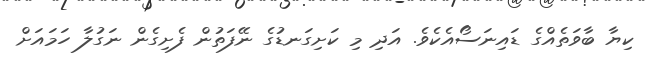
ކިޔާ ބާވަތެއްގެ ޑައިނަސޯއެކެވެ. އަދި މި ކަށިގަނޑުގެ ނޭފަތުން ފެށިގެން ނަގުލާ ހަމައަށް